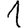
Digit: 1